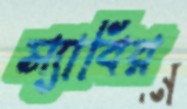
স্যাবির